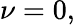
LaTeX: \nu=0,